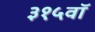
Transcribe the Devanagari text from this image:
३१५वॉ